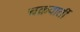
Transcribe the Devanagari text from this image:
चक्रवार्ती